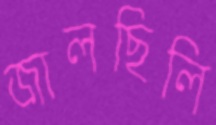
জালছিলি